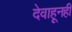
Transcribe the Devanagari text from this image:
देवाहूनही